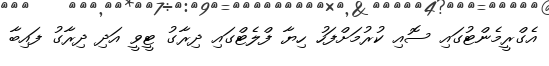
އެގްރީމެންޓުގައި ސޮއި ކުރުމަށްފަހު ހިޔާ ފްލެޓްގައި ދިރާގު ޓީވީ އަދި ދިރާގު ފައިބާ